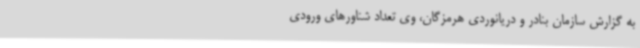
به گزارش سازمان بنادر و دریانوردی هرمزگان، وی تعداد شناورهای ورودی